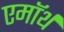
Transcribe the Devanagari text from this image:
एमॉर्थ